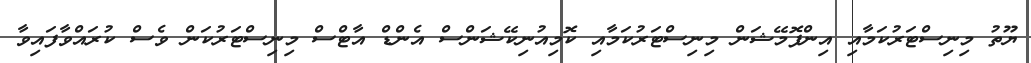
ޔޫތު މިނިސްޓަރުކަމާއި އިންފޮމޭޝަން މިނިސްޓަރުކަމާއި ކޮމިއުނިކޭޝަންސް އެންޑް އާޓްސް މިނިސްޓަރުކަން ވެސް ކުރައްވާފައިވާ